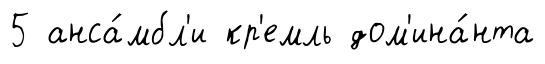
5 анса́мбл'и кр'емль дом'ина́нта